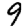
Digit: 9